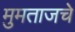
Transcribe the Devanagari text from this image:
मुमताजचे